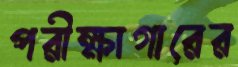
পরীক্ষাগারের